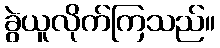
ခွဲယူလိုက်ကြသည်။